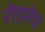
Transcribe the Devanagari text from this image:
रोडमेप